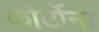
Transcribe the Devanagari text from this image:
कोर्टोना